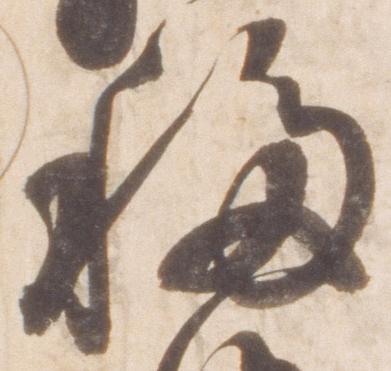
移